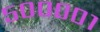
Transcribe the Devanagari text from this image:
५००००१